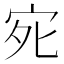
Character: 𭓩